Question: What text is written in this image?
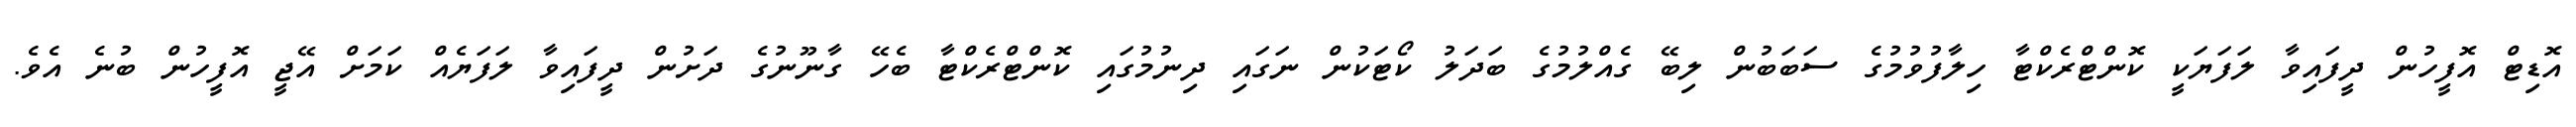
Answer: އޮޑިޓް އޮފީހުން ދީފައިވާ ލަފަޔަކީ ކޮންޓްރެކްޓާ ހިލާފުވުމުގެ ސަބަބުން ލިބޭ ގެއްލުމުގެ ބަދަލު ކޯޓަކުން ނަގައި ދިނުމުގައި ކޮންޓްރެކްޓާ ބެހޭ ގާނޫނުގެ ދަށުން ދީފައިވާ ލަފަޔެއް ކަމަށް އޭޖީ އޮފީހުން ބުނެ އެވެ.